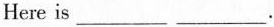
Here is___ ___.